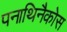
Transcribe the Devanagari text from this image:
पनाथिनैकोस